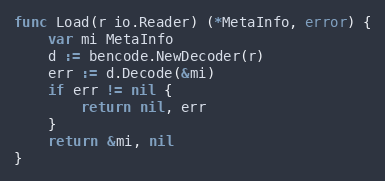
Language: Go
func Load(r io.Reader) (*MetaInfo, error) {
	var mi MetaInfo
	d := bencode.NewDecoder(r)
	err := d.Decode(&mi)
	if err != nil {
		return nil, err
	}
	return &mi, nil
}